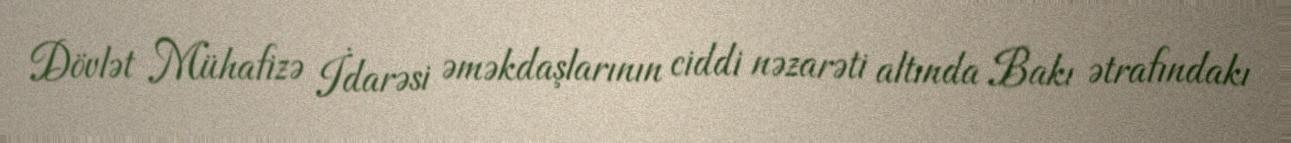
Dövlət Mühafizə İdarəsi əməkdaşlarının ciddi nəzarəti altında Bakı ətrafındakı